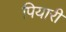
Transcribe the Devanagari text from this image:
पियारी